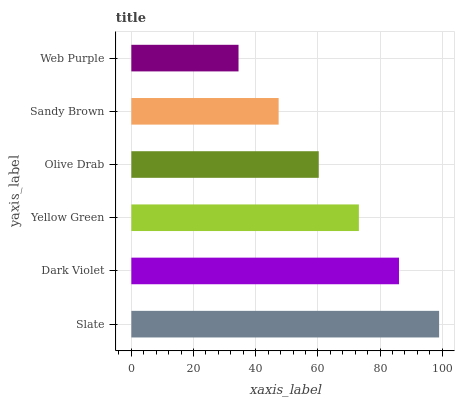
| yaxis_label | bars |
 | --- | --- |
 | Slate | 99 |
 | Dark Violet | 86.1 |
 | Yellow Green | 73.2 |
 | Olive Drab | 60.3 |
 | Sandy Brown | 47.4 |
 | Web Purple | 34.5 |